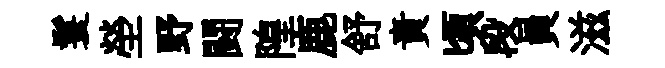
鬟塋野闘隍鹿舒責頃段員滋